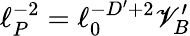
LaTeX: \ell_{P}^{-2}=\ell_{0}^{-D^{\prime}+2}\mathscr{V}_{B}^{\prime}